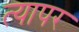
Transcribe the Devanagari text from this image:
त्यापर